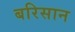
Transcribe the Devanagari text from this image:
बरिसान